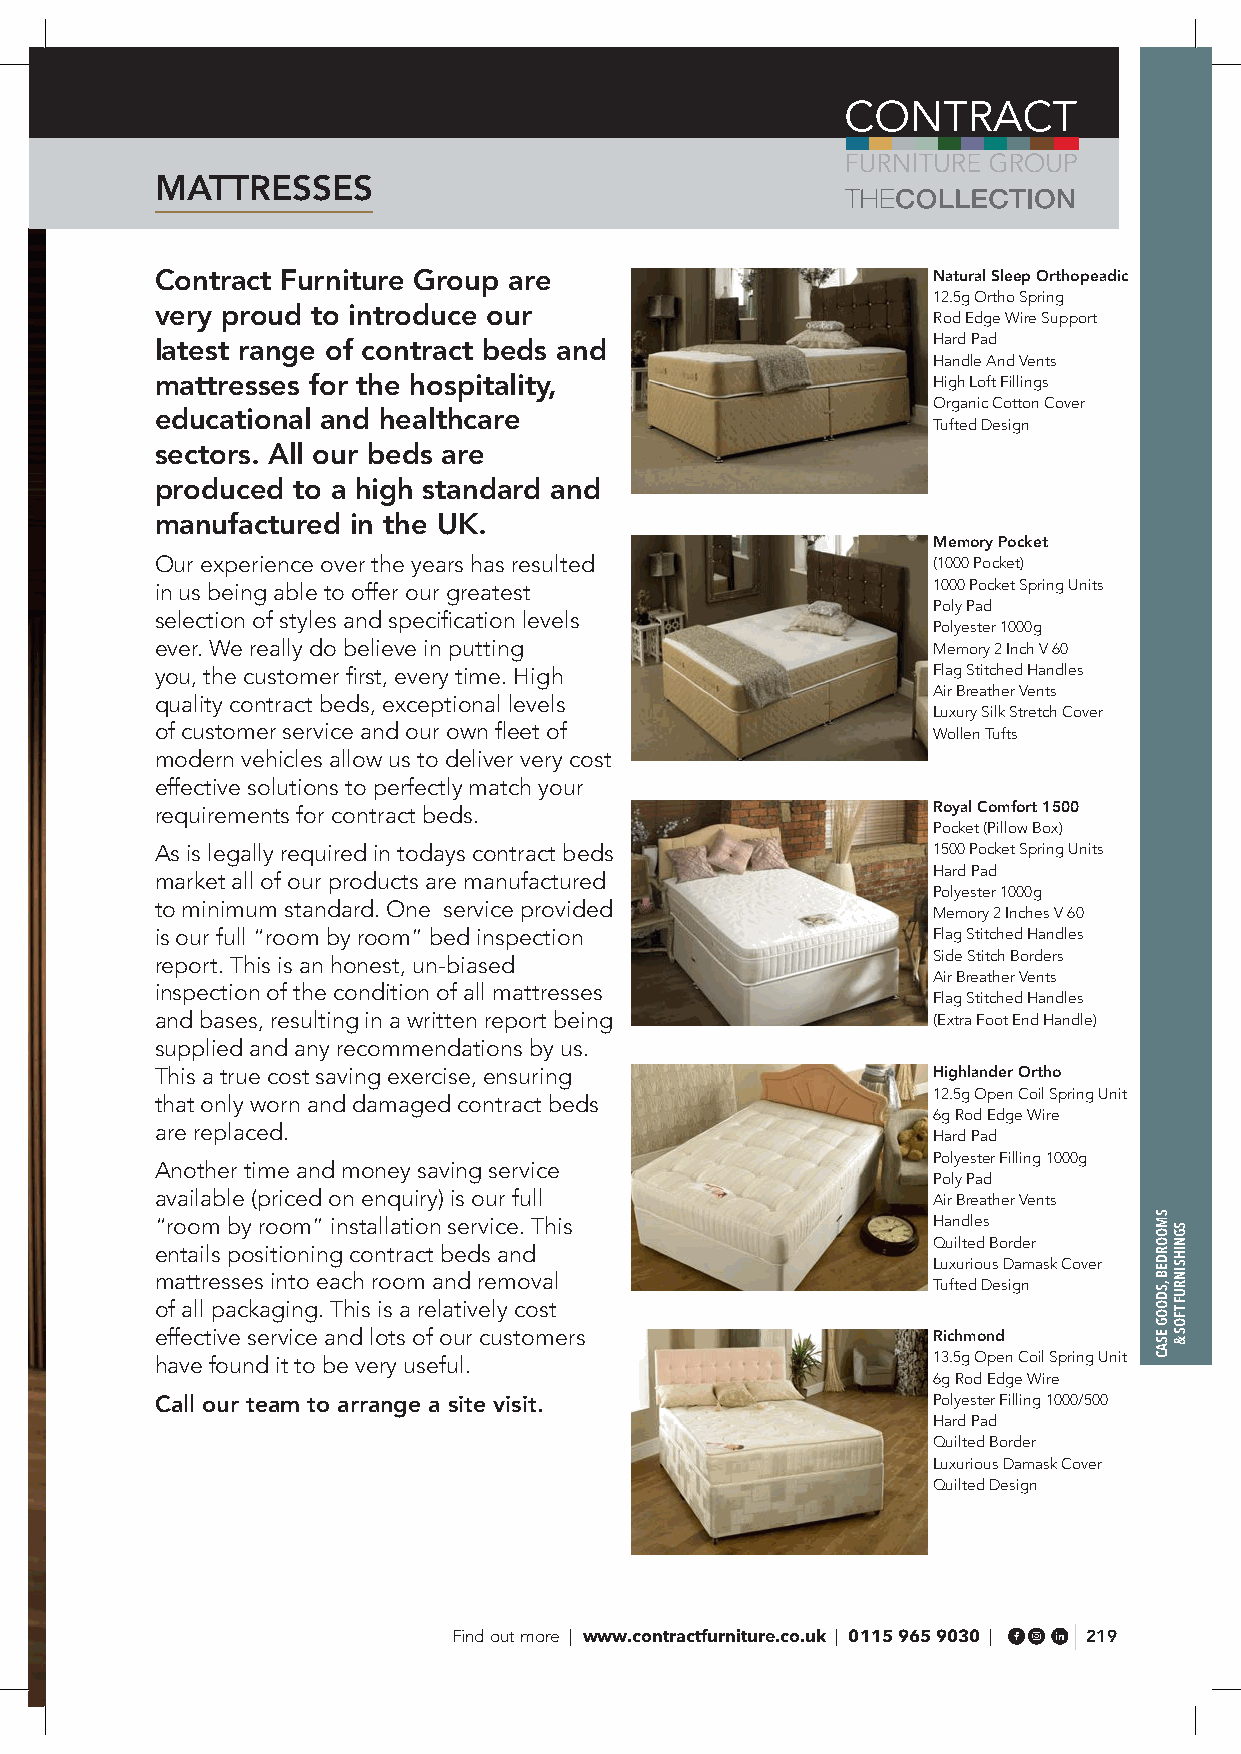
MATTRESSES
 Contract Furniture Group are                        Natural Sleep Orthopeadic
 12.5g Ortho Spring
 very proud to introduce our
 Rod Edge Wire Support
 latest range of contract beds and                   Hard Pad
 Handle And Vents
 mattresses for the hospitality,                     High Loft Fillings
 Organic Cotton Cover
 educational and healthcare
 Tufted Design
 sectors. All our beds are
 produced to a high standard and
 manufactured in the UK.
 Memory Pocket
 Our experience over the years has resulted          (1000 Pocket)
 in us being able to offer our greatest              1000 Pocket Spring Units
 Poly Pad
 selection of styles and specification levels
 Polyester 1000g
 ever. We really do believe in putting               Memory 2 Inch V 60
 you, the customer first, every time. High           Flag Stitched Handles
 Air Breather Vents
 quality contract beds, exceptional levels
 Luxury Silk Stretch Cover
 of customer service and our own fleet of            Wollen Tufts
 modern vehicles allow us to deliver very cost
 effective solutions to perfectly match your
 requirements for contract beds.                     Royal Comfort 1500
 Pocket (Pillow Box)
 As is legally required in todays contract beds      1500 Pocket Spring Units
 Hard Pad
 market all of our products are manufactured
 Polyester 1000g
 to minimum standard. One service provided
 Memory 2 Inches V 60
 is our full “room by room” bed inspection           Flag Stitched Handles
 report. This is an honest, un-biased                Side Stitch Borders
 Air Breather Vents
 inspection of the condition of all mattresses
 Flag Stitched Handles
 and bases, resulting in a written report being      (Extra Foot End Handle)
 supplied and any recommendations by us.
 This a true cost saving exercise, ensuring          Highlander Ortho
 12.5g Open Coil Spring Unit
 that only worn and damaged contract beds
 6g Rod Edge Wire
 are replaced.
 Hard Pad
 Polyester Filling 1000g
 Another time and money saving service
 Poly Pad
 available (priced on enquiry) is our full           Air Breather Vents
 “room by room” installation service. This           Handles
 Quilted Border
 entails positioning contract beds and
 Luxurious Damask Cover
 mattresses into each room and removal
 Tufted Design
 of all packaging. This is a relatively cost
 effective service and lots of our customers         Richmond
 have found it to be very useful.                    13.5g Open Coil Spring Unit
 6g Rod Edge Wire
 Call our team to arrange a site visit.              Polyester Filling 1000/500
 Hard Pad
 Quilted Border
 Luxurious Damask Cover
 Quilted Design
 Find out more | www.contractfurniture.co.uk | 0115 965 9030 | 219
 SMOORDEB
 ,SDOOG
 ESAC
 SGNIHSINRUF
 TFOS
 &